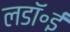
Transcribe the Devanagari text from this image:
लडॉ॰ई